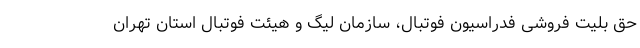
حق بلیت فروشی فدراسیون فوتبال، سازمان لیگ و هیئت فوتبال استان تهران